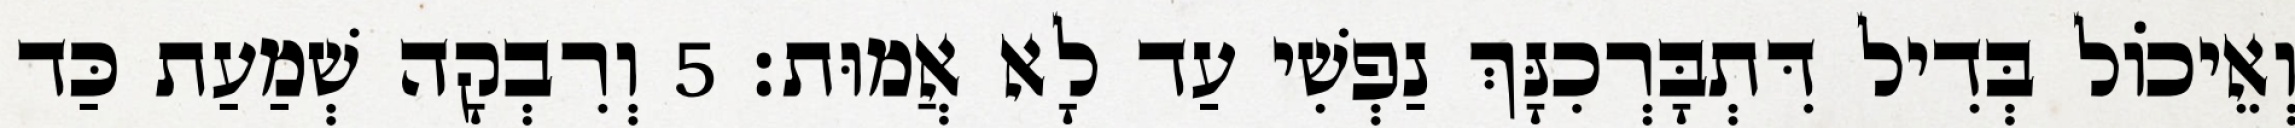
וְאֵיכוֹל בְּדִיל דִּתְבָּרְכִנָּךְ נַפְשִׁי עַד לָא אֲמוּת׃ 5 וְרִבְקָה שְׁמַעַת כַּד